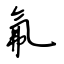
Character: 氟